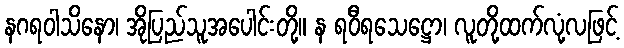
နဂရဝါသိနော၊ အိုပြည်သူအပေါင်းတို့။ န ရဝီရသေဋ္ဌော၊ လူတို့ထက်လုံ့လဖြင့်